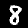
Digit: 8